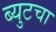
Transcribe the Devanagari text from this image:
ब्युटचा